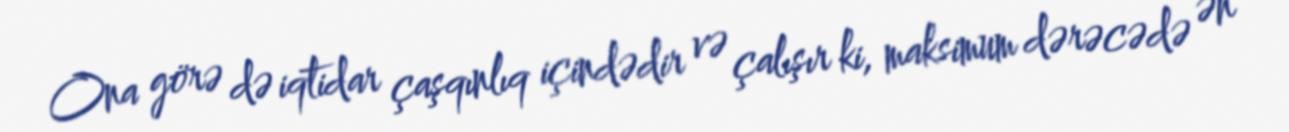
Ona görə də iqtidar çaşqınlıq içindədir və çalışır ki, maksimum dərəcədə ən